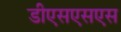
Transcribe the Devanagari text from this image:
डीएसएसएस